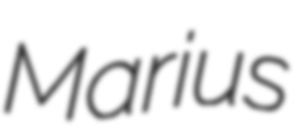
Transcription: Marius